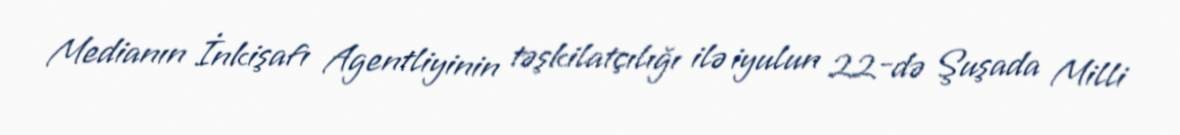
Medianın İnkişafı Agentliyinin təşkilatçılığı ilə iyulun 22-də Şuşada Milli